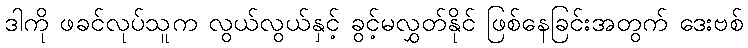
ဒါကို ဖခင်လုပ်သူက လွယ်လွယ်နှင့် ခွင့်မလွှတ်နိုင် ဖြစ်နေခြင်းအတွက် ဒေးဗစ်